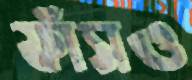
ফাঁসও